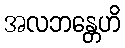
အလဘန္တေဟိ